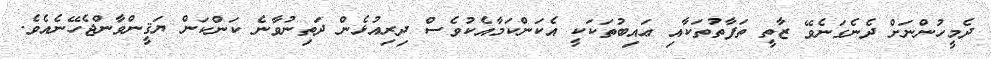
ދެމީހުންނަށް ދެނެގަނެވޭ ޒާތީ ތަފާތުތަކާއި ޢައިބުތަކަކީ އެކަންކަމާއެކުވެސް ދިރިއުޅެން ދަތިނުވާނެ ކަންކަން ޔަޤީންވާންޖެހޭނެއެވެ.